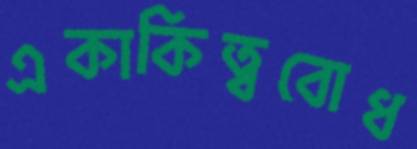
একাকিত্ববোধ